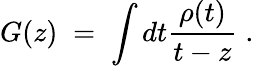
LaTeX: G(z)\; =\; \int dt\frac{\rho(t)}{t-z}\; .